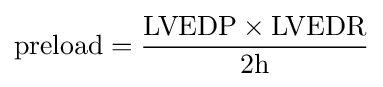
{\text{preload}}={\frac {{\text{LVEDP}}\times {\text{LVEDR}}}{2{\text{h}}}}